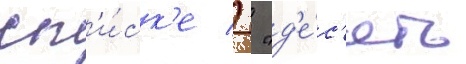
сп'и́ск'е   "д'е́с'ять